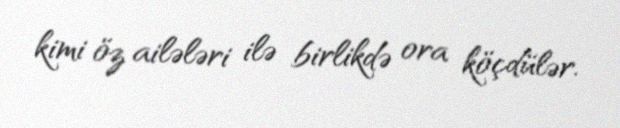
kimi öz ailələri ilə birlikdə ora köçdülər.